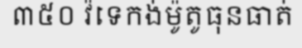
៣៥០ វ៉ទេកង់ម៉ូតូធុនធាត់